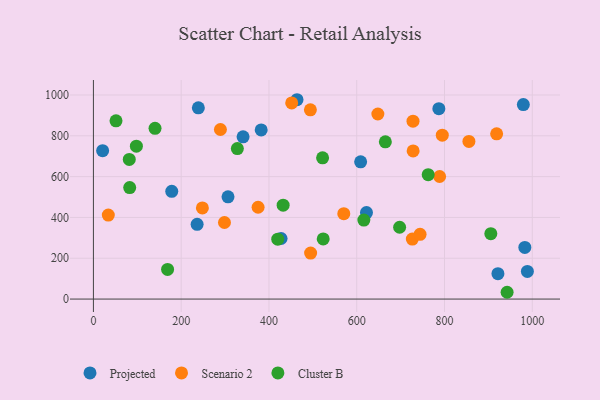
{"axis": {"x": "Ad Spend", "y": "Exam Score"}, "legend": ["Cluster B", "Projected", "Scenario 2"], "data": [{"x": "427.6", "y": 296.9, "type": "Projected"}, {"x": "178.5", "y": 528.0, "type": "Projected"}, {"x": "382.3", "y": 828.6, "type": "Projected"}, {"x": "622.2", "y": 423.7, "type": "Projected"}, {"x": "979.6", "y": 952.9, "type": "Projected"}, {"x": "921.7", "y": 124.5, "type": "Projected"}, {"x": "306.7", "y": 500.9, "type": "Projected"}, {"x": "983.0", "y": 253.1, "type": "Projected"}, {"x": "988.8", "y": 135.5, "type": "Projected"}, {"x": "787.1", "y": 932.8, "type": "Projected"}, {"x": "236.3", "y": 366.3, "type": "Projected"}, {"x": "463.9", "y": 976.8, "type": "Projected"}, {"x": "341.0", "y": 795.0, "type": "Projected"}, {"x": "239.1", "y": 936.9, "type": "Projected"}, {"x": "608.9", "y": 672.5, "type": "Projected"}, {"x": "21.0", "y": 727.3, "type": "Projected"}, {"x": "728.2", "y": 871.7, "type": "Scenario 2"}, {"x": "451.8", "y": 961.2, "type": "Scenario 2"}, {"x": "248.3", "y": 446.8, "type": "Scenario 2"}, {"x": "726.7", "y": 294.1, "type": "Scenario 2"}, {"x": "494.4", "y": 927.3, "type": "Scenario 2"}, {"x": "648.1", "y": 906.8, "type": "Scenario 2"}, {"x": "375.2", "y": 449.9, "type": "Scenario 2"}, {"x": "289.4", "y": 830.9, "type": "Scenario 2"}, {"x": "744.3", "y": 317.2, "type": "Scenario 2"}, {"x": "728.5", "y": 725.7, "type": "Scenario 2"}, {"x": "33.9", "y": 411.8, "type": "Scenario 2"}, {"x": "794.9", "y": 803.1, "type": "Scenario 2"}, {"x": "918.8", "y": 809.6, "type": "Scenario 2"}, {"x": "494.9", "y": 225.2, "type": "Scenario 2"}, {"x": "298.6", "y": 375.2, "type": "Scenario 2"}, {"x": "855.6", "y": 772.4, "type": "Scenario 2"}, {"x": "788.8", "y": 600.6, "type": "Scenario 2"}, {"x": "570.5", "y": 418.5, "type": "Scenario 2"}, {"x": "420.0", "y": 293.5, "type": "Cluster B"}, {"x": "616.2", "y": 387.1, "type": "Cluster B"}, {"x": "328.0", "y": 737.2, "type": "Cluster B"}, {"x": "522.2", "y": 691.9, "type": "Cluster B"}, {"x": "51.5", "y": 873.3, "type": "Cluster B"}, {"x": "523.6", "y": 294.5, "type": "Cluster B"}, {"x": "97.9", "y": 749.4, "type": "Cluster B"}, {"x": "432.3", "y": 460.0, "type": "Cluster B"}, {"x": "942.6", "y": 33.3, "type": "Cluster B"}, {"x": "169.0", "y": 145.1, "type": "Cluster B"}, {"x": "697.7", "y": 351.9, "type": "Cluster B"}, {"x": "140.4", "y": 836.6, "type": "Cluster B"}, {"x": "81.7", "y": 684.4, "type": "Cluster B"}, {"x": "82.7", "y": 546.2, "type": "Cluster B"}, {"x": "665.2", "y": 770.5, "type": "Cluster B"}, {"x": "762.8", "y": 609.4, "type": "Cluster B"}, {"x": "905.5", "y": 320.3, "type": "Cluster B"}]}